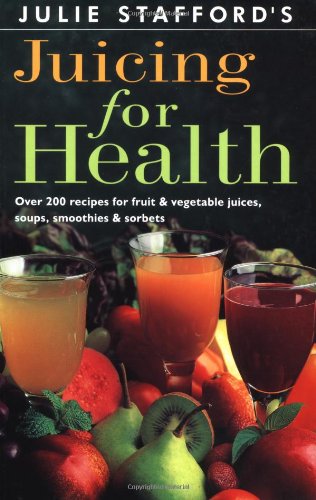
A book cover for Juicing for Health; Julie Stafford; Cookbooks, Food & Wine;